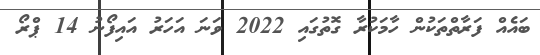
ބައެއް ފަރާތްތަކުން ހާމަކުރާ ގޮތުގައި 2022 ވަނަ އަހަރު އައިފޯނު 14 ޕްރޯ